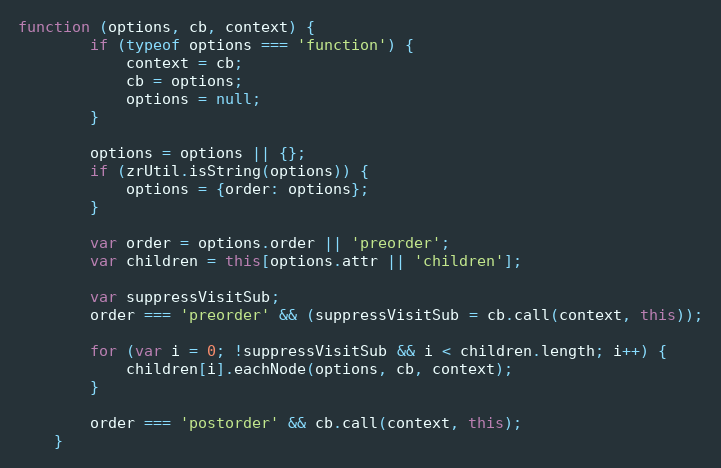
Language: JavaScript
function (options, cb, context) {
        if (typeof options === 'function') {
            context = cb;
            cb = options;
            options = null;
        }

        options = options || {};
        if (zrUtil.isString(options)) {
            options = {order: options};
        }

        var order = options.order || 'preorder';
        var children = this[options.attr || 'children'];

        var suppressVisitSub;
        order === 'preorder' && (suppressVisitSub = cb.call(context, this));

        for (var i = 0; !suppressVisitSub && i < children.length; i++) {
            children[i].eachNode(options, cb, context);
        }

        order === 'postorder' && cb.call(context, this);
    }